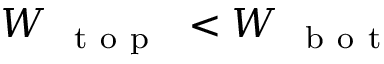
W _ { \mathrm { ~ { ~ t ~ o ~ p ~ } ~ } } < W _ { \mathrm { ~ { ~ b ~ o ~ t ~ } ~ } }